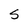
Character: S